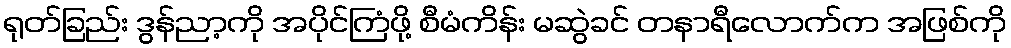
ရုတ်ခြည်း ဒွန်ညာ့ကို အပိုင်ကြံဖို့ စီမံကိန်း မဆွဲခင် တနာရီလောက်က အဖြစ်ကို